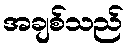
အချစ်သည်